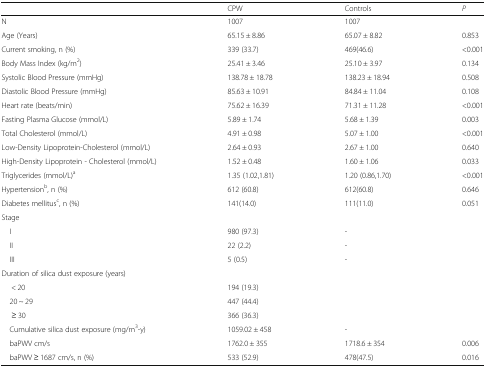
<table><thead><tr><td>[EMPTY_CELL]</td><td><b>CPW</b></td><td><b>Controls</b></td><td><b><i>P</i></b></td></tr></thead><tbody><tr><td>N</td><td>1007</td><td>1007</td><td>[EMPTY_CELL]</td></tr><tr><td>Age (Years)</td><td>65.15 ± 8.86</td><td>65.07 ± 8.82</td><td>0.853</td></tr><tr><td>Current smoking, n (%)</td><td>339 (33.7)</td><td>469(46.6)</td><td>&lt;0.001</td></tr><tr><td>Body Mass Index (kg/m<sup>2</sup>)</td><td>25.41 ± 3.46</td><td>25.10 ± 3.97</td><td>0.134</td></tr><tr><td>Systolic Blood Pressure (mmHg)</td><td>138.78 ± 18.78</td><td>138.23 ± 18.94</td><td>0.508</td></tr><tr><td>Diastolic Blood Pressure (mmHg)</td><td>85.63 ± 10.91</td><td>84.84 ± 11.04</td><td>0.108</td></tr><tr><td>Heart rate (beats/min)</td><td>75.62 ± 16.39</td><td>71.31 ± 11.28</td><td>&lt;0.001</td></tr><tr><td>Fasting Plasma Glucose (mmol/L)</td><td>5.89 ± 1.74</td><td>5.68 ± 1.39</td><td>0.003</td></tr><tr><td>Total Cholesterol (mmol/L)</td><td>4.91 ± 0.98</td><td>5.07 ± 1.00</td><td>&lt;0.001</td></tr><tr><td>Low-Density Lipoprotein-Cholesterol (mmol/L)</td><td>2.64 ± 0.93</td><td>2.67 ± 1.00</td><td>0.640</td></tr><tr><td>High-Density Lipoprotein - Cholesterol (mmol/L)</td><td>1.52 ± 0.48</td><td>1.60 ± 1.06</td><td>0.033</td></tr><tr><td>Triglycerides (mmol/L)<sup>a</sup></td><td>1.35 (1.02,1.81)</td><td>1.20 (0.86,1.70)</td><td>&lt;0.001</td></tr><tr><td>Hypertension<sup>b</sup>, n (%)</td><td>612 (60.8)</td><td>612(60.8)</td><td>0.646</td></tr><tr><td>Diabetes mellitus<sup>c</sup>, n (%)</td><td>141(14.0)</td><td>111(11.0)</td><td>0.051</td></tr><tr><td colspan="4">Stage</td></tr><tr><td> I</td><td>980 (97.3)</td><td>-</td><td>[EMPTY_CELL]</td></tr><tr><td> II</td><td>22 (2.2)</td><td>-</td><td>[EMPTY_CELL]</td></tr><tr><td> III</td><td>5 (0.5)</td><td>-</td><td>[EMPTY_CELL]</td></tr><tr><td colspan="4">Duration of silica dust exposure (years)</td></tr><tr><td>&lt; 20</td><td>194 (19.3)</td><td>[EMPTY_CELL]</td><td>[EMPTY_CELL]</td></tr><tr><td> 20 ~ 29</td><td>447 (44.4)</td><td>[EMPTY_CELL]</td><td>[EMPTY_CELL]</td></tr><tr><td>≥ 30</td><td>366 (36.3)</td><td>[EMPTY_CELL]</td><td>[EMPTY_CELL]</td></tr><tr><td> Cumulative silica dust exposure (mg/m<sup>3</sup>-y)</td><td>1059.02 ± 458</td><td>-</td><td>[EMPTY_CELL]</td></tr><tr><td> baPWV cm/s</td><td>1762.0 ± 355</td><td>1718.6 ± 354</td><td>0.006</td></tr><tr><td> baPWV ≥ 1687 cm/s, n (%)</td><td>533 (52.9)</td><td>478(47.5)</td><td>0.016</td></tr></tbody></table>